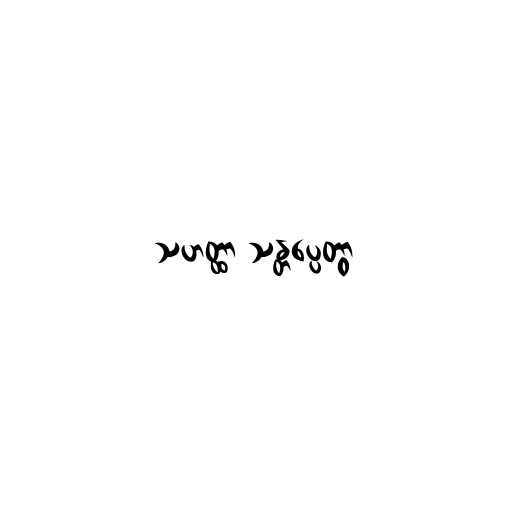
သဟတ္ထာ သန္တပ္ပေတွာ